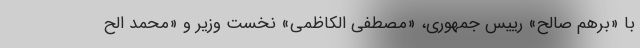
با «برهم صالح» رییس جمهوری، «مصطفی الکاظمی» نخست وزیر و «محمد الح